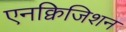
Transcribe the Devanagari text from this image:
एनक्विजिशन